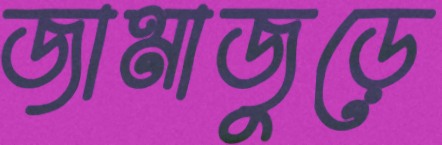
জামাজুড়ে